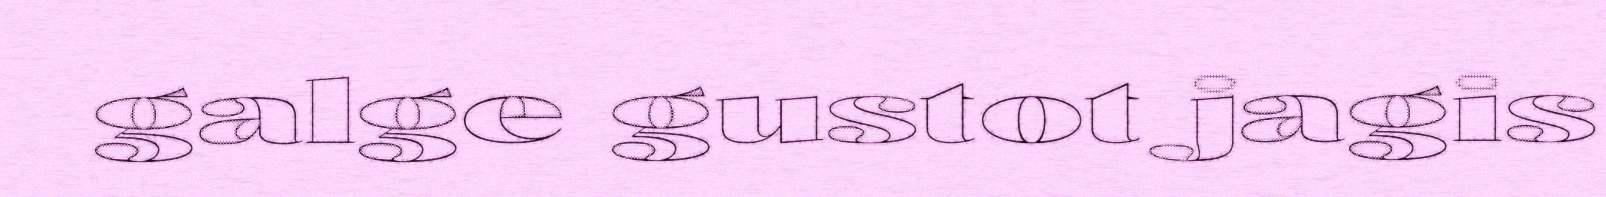
galge gustot jagis